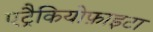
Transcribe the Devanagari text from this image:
एट्रैकियोफ़ाइटा